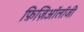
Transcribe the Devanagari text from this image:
फ़िज़िऑलॉजी